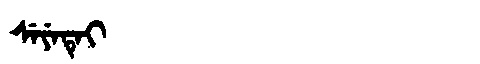
Manchu: ᠰᡝᠶᡝᡨᡝᡳ
Romanization: SEYETEI